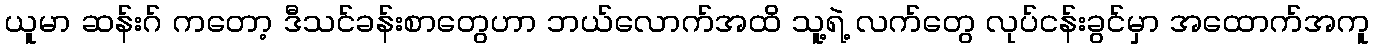
ယူမာ ဆန်းဂ် ကတော့ ဒီသင်ခန်းစာတွေဟာ ဘယ်လောက်အထိ သူ့ရဲ့ လက်တွေ လုပ်ငန်းခွင်မှာ အထောက်အကူ